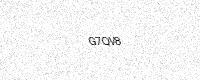
Text: G7QV8